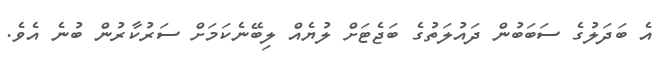
އެ ބަދަލުގެ ސަބަބުން ދައުލަތުގެ ބަޖެޓަށް ލުޔެއް ލިބޭނެކަމަށް ސަރުކާރުން ބުނެ އެވެ.